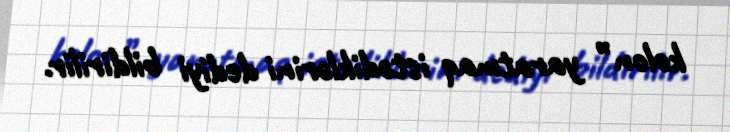
kolon” yaratmaq istədiklərini dediyi bildirilir.